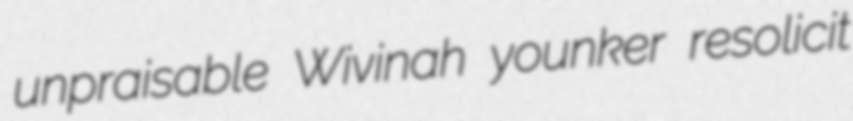
unpraisable Wivinah younker resolicit